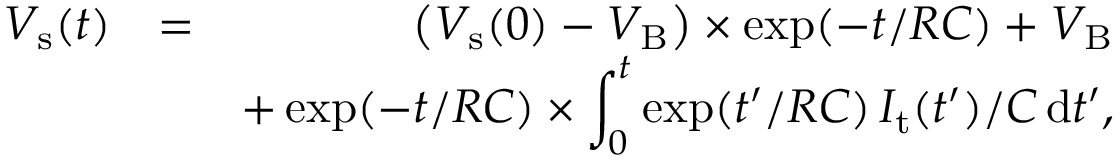
\begin{array} { r l r } { V _ { \mathrm { s } } ( t ) } & { = } & { \big ( V _ { \mathrm { s } } ( 0 ) - V _ { \mathrm { B } } \big ) \times \exp ( - t / R C ) + V _ { \mathrm { B } } } \\ & { } & { + \exp ( - t / R C ) \times \displaystyle \int _ { 0 } ^ { t } \exp ( t ^ { \prime } / R C ) \, I _ { \mathrm { t } } ( t ^ { \prime } ) / C \, \mathrm { d } t ^ { \prime } , } \end{array}